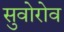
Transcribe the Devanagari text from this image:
सुवोरोव